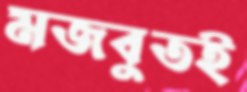
মজবুতই